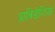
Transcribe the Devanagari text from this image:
प्राविडेंशिया